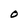
Character: O